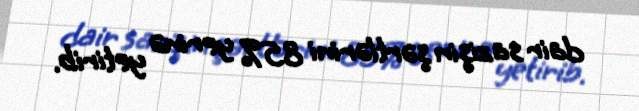
dair sazişin şərtlərini 85% yerinə yetirib.